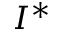
I ^ { * }